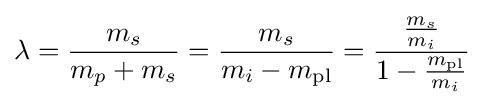
\lambda ={\frac {m_{s}}{m_{p}+m_{s}}}={\frac {m_{s}}{m_{i}-m_{\text{pl}}}}={\frac {\frac {m_{s}}{m_{i}}}{1-{\frac {m_{\text{pl}}}{m_{i}}}}}